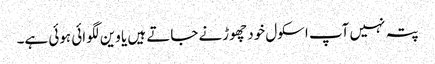
پتہ نہیں آپ اسکول خود چھوڑنے جاتے ہیں یا وین لگوائی ہوئی ہے۔